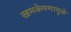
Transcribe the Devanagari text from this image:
खमकेपणामुळे